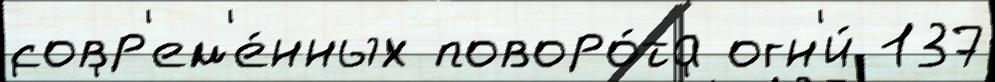
совр'ем'е́нных поворо́та огн'и́ 137